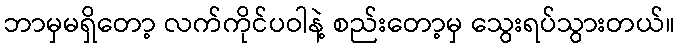
ဘာမှမရှိတော့ လက်ကိုင်ပဝါနဲ့ စည်းတော့မှ သွေးရပ်သွားတယ်။